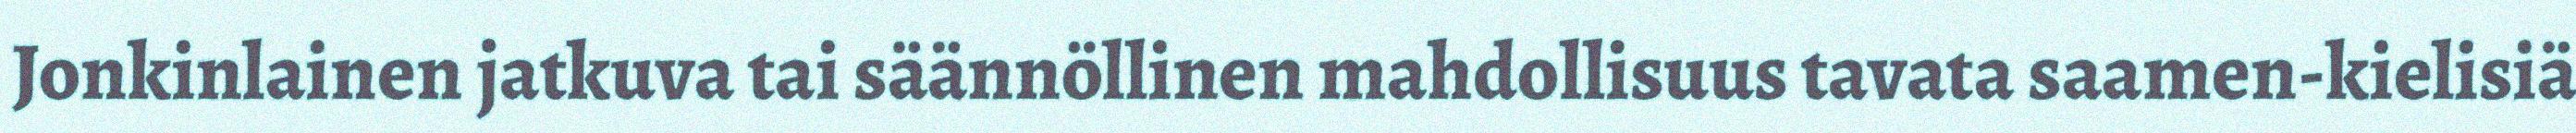
Jonkinlainen jatkuva tai säännöllinen mahdollisuus tavata saamen-kielisiä